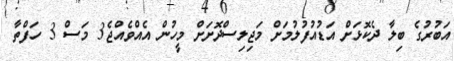
އަބުރުގެ ބިލާ ދެކޮޅަށް އަޑުއުފުލުމަށް މަޖިލިސްދޮށަށް މީހުން އެއްވެއްޖެ3 މަސް 3 ހަފްތާ